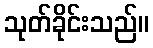
သုတ်ခိုင်းသည်။